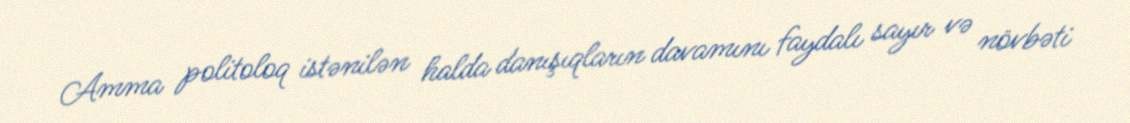
Amma politoloq istənilən halda danışıqların davamını faydalı sayır və növbəti